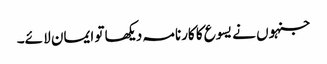
جنہوں نے یسوع کا کارنامہ دیکھا تو ایمان لا ئے۔